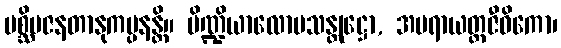
ပစ္ဆိမဇနတာနုကမ္ပနန္တိ။ ပိဏ္ဍိယာလောပသန္တုဋ္ဌော, အပရာယတ္တဇီဝိကော၊